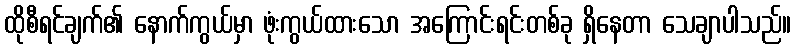
ထိုစီရင်ချက်၏ နောက်ကွယ်မှာ ဖုံးကွယ်ထားသော အကြောင်းရင်းတစ်ခု ရှိနေတာ သေချာပါသည်။